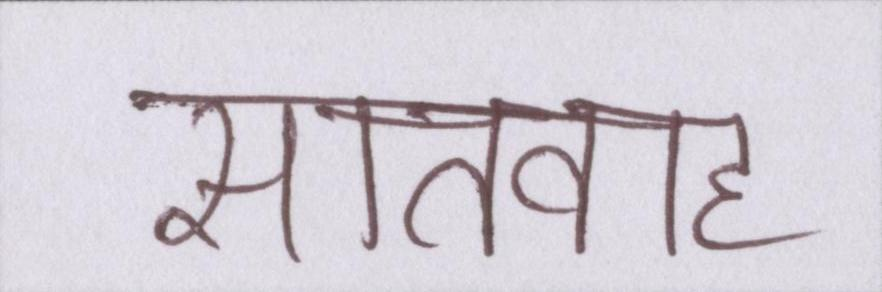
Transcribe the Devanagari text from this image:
सातवाह्न